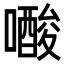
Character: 𭋟